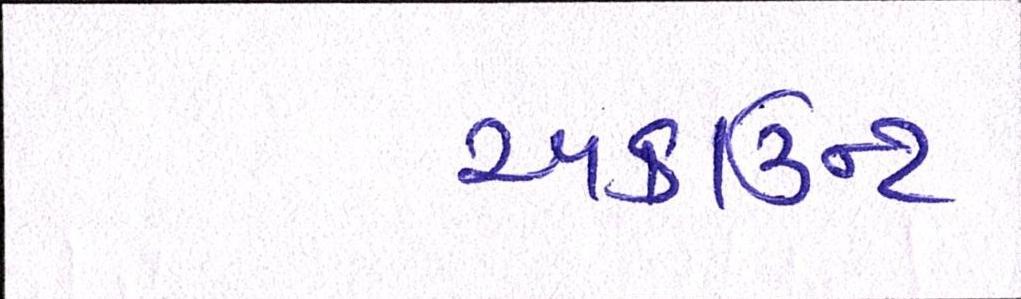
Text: અકાઉન્ટ